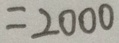
= 2 0 0 0